Elephants and their diseases
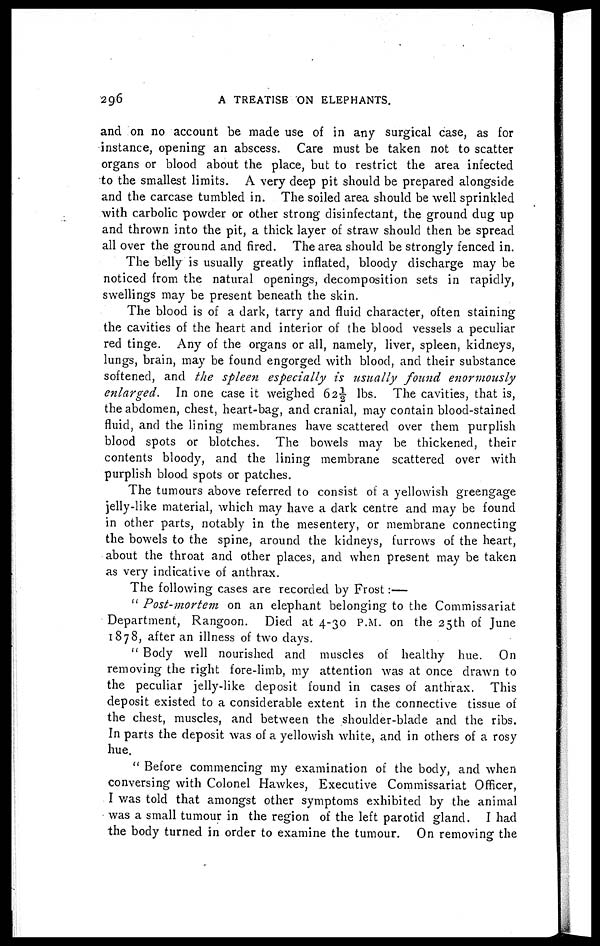
296
A TREATISE ON ELEPHANTS.
and on no account be made use of in any surgical case, as for
instance, opening an abscess. Care must be taken not to scatter
organs or blood about the place, but to restrict the area infected
to the smallest limits. A very deep pit should be prepared alongside
and the carcase tumbled in. The soiled area should be well sprinkled
with carbolic powder or other strong disinfectant, the ground dug up
and thrown into the pit, a thick layer of straw should then be spread
all over the ground and fired. The area should be strongly fenced in.
The belly is usually greatly inflated, bloody discharge may be
noticed from the natural openings, decomposition sets in rapidly,
swellings may be present beneath the skin.
The blood is of a dark, tarry and fluid character, often staining
the cavities of the heart and interior of the blood vessels a peculiar
red tinge. Any of the organs or all, namely, liver, spleen, kidneys,
lungs, brain, may be found engorged with blood, and their substance
softened, and the spleen especially is usually found
enormously
enlarged.
In one case it weighed 62½ lbs. The cavities, that is,
the abdomen, chest, heart-bag, and cranial, may contain blood-stained
fluid, and the lining membranes have scattered over them purplish
blood spots or blotches. The bowels may be thickened, their
contents bloody, and the lining membrane scattered over with
purplish blood spots or patches.
The tumours above referred to consist of a yellowish greengage
jelly-like material, which may have a dark centre and may be found
in other parts, notably in the mesentery, or membrane connecting
the bowels to the spine, around the kidneys, furrows of the heart,
about the throat and other places, and when present may be taken
as very indicative of anthrax.
The following cases are recorded by Frost :—
" Post-mortem on an elephant belonging to the Commissariat
Department, Rangoon. Died at 4-30 P.M. on the 25th of June
1878, after an illness of two days.
" Body well nourished and muscles of healthy hue. On
removing the right fore-limb, my attention was at once drawn to
the peculiar jelly-like deposit found in cases of anthrax. This
deposit existed to a considerable extent in the connective tissue of
the chest, muscles, and between the shoulder-blade and the ribs.
In parts the deposit was of a yellowish white, and in others of a rosy
hue.
" Before commencing my examination of the body, and when
conversing with Colonel Hawkes, Executive Commissariat Officer,
1 was told that amongst other symptoms exhibited by the animal
was a small tumour in the region of the left parotid gland. I had
the body turned in order to examine the tumour. On removing the